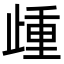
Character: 歱